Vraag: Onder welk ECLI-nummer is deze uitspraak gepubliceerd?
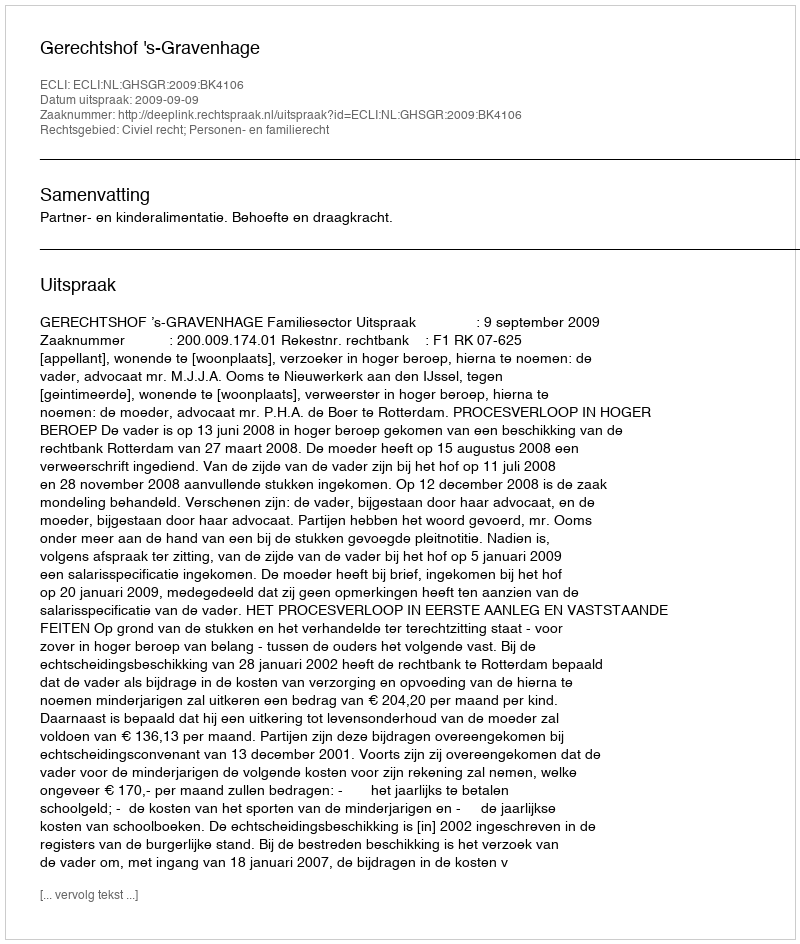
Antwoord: ECLI:NL:GHSGR:2009:BK4106